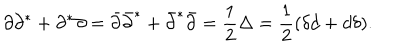
\partial \partial ^ { * } + \partial ^ { * } \partial = \bar { \partial } \bar { \partial } ^ { * } + \bar { \partial } ^ { * } \bar { \partial } = \frac 1 2 \Delta = \frac 1 2 ( \delta d + d \delta ) . \nonumber